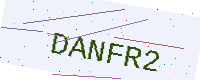
Text: DANFR2